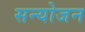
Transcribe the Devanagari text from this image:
सन्योजन